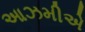
આઝમીએ